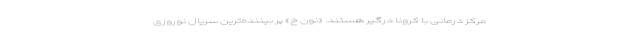
مرکز درمانی با کرونا درگیر هستند. «نون خ» پر بینند‌ه‌ترین سریال نوروزی